画像に写った文字を読んでください
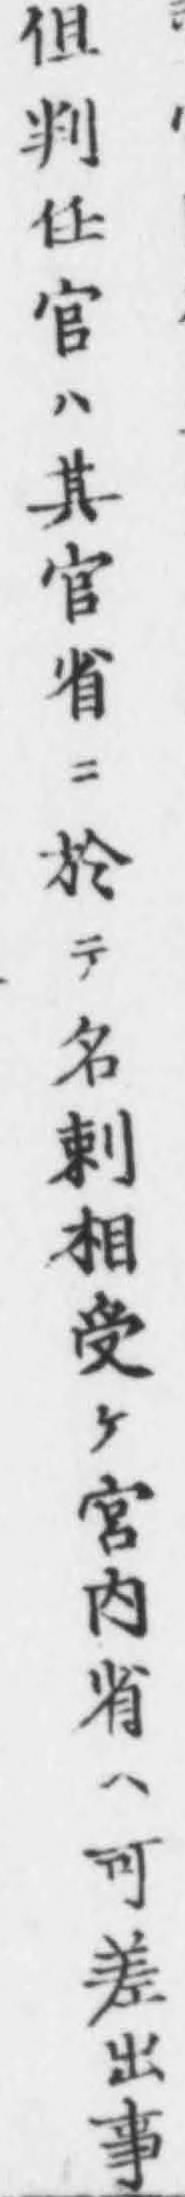
「但判任官ハ其官省ニ於テ名剌相受ヶ宮内省ハ可差出事」と書いてあります